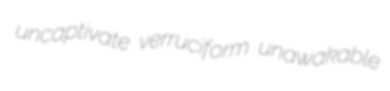
uncaptivate verruciform unawakable